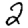
Digit: 2